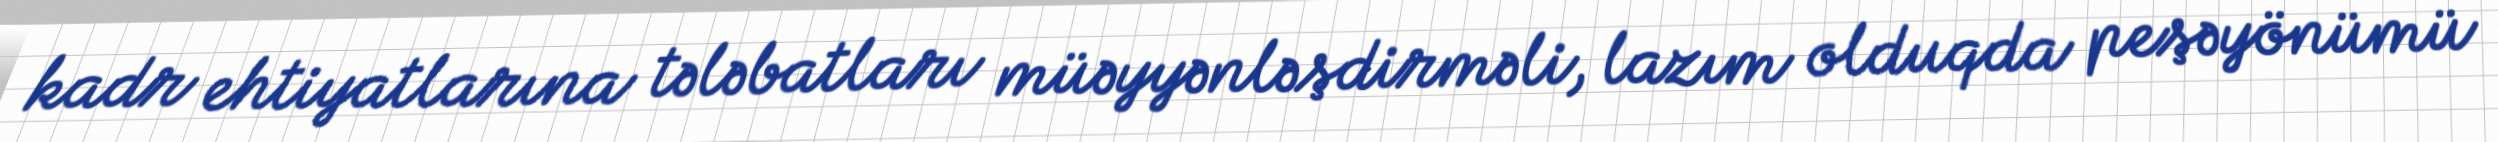
kadr ehtiyatlarına tələbatları müəyyənləşdirməli, lazım olduqda peşəyönümü